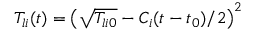
\begin{array} { r } { T _ { l i } ( t ) = \left( \sqrt { T _ { l i 0 } } - C _ { i } ( t - t _ { 0 } ) / 2 \right) ^ { 2 } } \end{array}